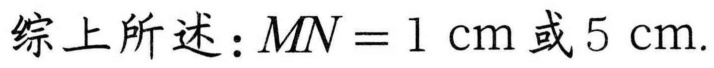
综上所述：\(MN = 1\mathrm{cm}\)或\(5\mathrm{cm}\).